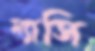
ম্যাসি